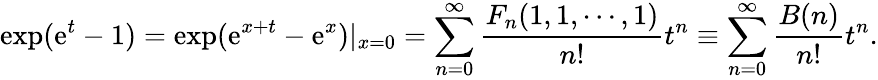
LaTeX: \exp(\mathrm{e}^{t}-1)=\exp(\mathrm{e}^{x+t}-\mathrm{e}^{x})|_{x=0}=\sum_{n=0}^{\infty}\frac{F_{n}(1,1,\cdots,1)}{n!}t^{n}\equiv\sum_{n=0}^{\infty}\frac{B(n)}{n!}t^{n}.